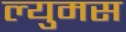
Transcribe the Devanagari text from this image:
ल्युमस